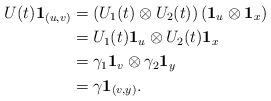
LaTeX: \begin{align*}U(t)\mathbf 1_{(u,v)} &= \left(U_1(t)\otimes U_2(t)\right)\left(\mathbf 1_u\otimes \mathbf 1_x\right)\\&= U_1(t)\mathbf 1_u \otimes U_2(t)\mathbf 1_x\\&= \gamma_1\mathbf 1_v \otimes \gamma_2\mathbf 1_y\\&= \gamma \mathbf 1_{(v,y)}.\end{align*}